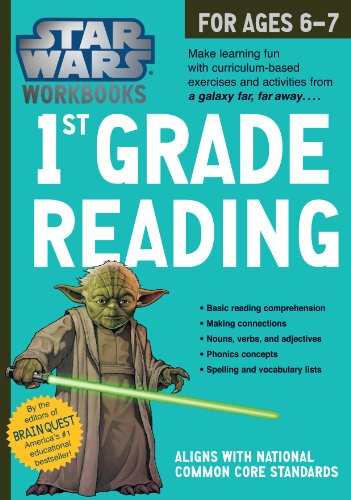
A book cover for Star Wars Workbook: 1st Grade Reading (Star Wars Workbooks); Workman Publishing; Children's Books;